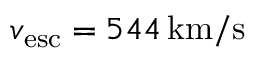
v _ { \mathrm { e s c } } = 5 4 4 \, \mathrm { k m } / \mathrm { s }